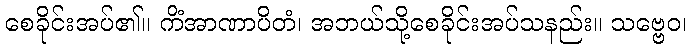
စေခိုင်းအပ်၏။ ကိံအာဏာပိတံ၊ အဘယ်သို့စေခိုင်းအပ်သနည်း။ သဗ္ဗေဝ၊